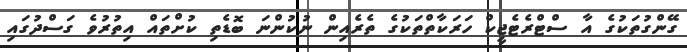
ގޭންގުތަކުގެ އާ ސްޓްރެޓެޖީކް ހަރަކާތްތަކުގެ ތެރެއިން ނުކުންނަ ބޮޑެތި ކުށްތައް އިތުރުވެ ގަސްދުގައި